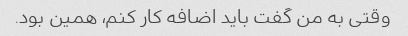
وقتی به من گفت باید اضافه کار کنم، همین بود.